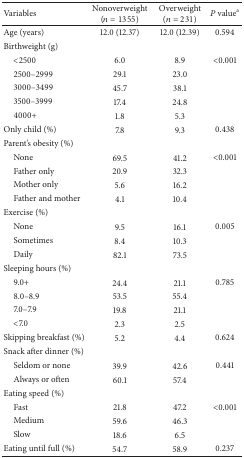
<table><thead><tr><td><b>Variables</b></td><td><b>Nonoverweight(<i>n</i> = 1355)</b></td><td><b>Overweight(<i>n</i> = 231)</b></td><td><b><i>P</i> value<sup>a</sup></b></td></tr></thead><tbody><tr><td>Age (years)</td><td>12.0 (12.37)</td><td>12.0 (12.39)</td><td>0.594</td></tr><tr><td>Birthweight (g)</td><td> </td><td> </td><td> </td></tr><tr><td> &lt;2500</td><td>6.0</td><td>8.9</td><td>&lt;0.001</td></tr><tr><td> 2500–2999</td><td>29.1</td><td>23.0</td><td> </td></tr><tr><td> 3000–3499</td><td>45.7</td><td>38.1</td><td> </td></tr><tr><td> 3500–3999</td><td>17.4</td><td>24.8</td><td> </td></tr><tr><td> 4000+</td><td>1.8</td><td>5.3</td><td> </td></tr><tr><td>Only child (%)</td><td>7.8</td><td>9.3</td><td>0.438</td></tr><tr><td>Parent&#x27;s obesity (%)</td><td> </td><td> </td><td> </td></tr><tr><td> None</td><td>69.5</td><td>41.2</td><td>&lt;0.001</td></tr><tr><td> Father only</td><td>20.9</td><td>32.3</td><td> </td></tr><tr><td> Mother only</td><td>5.6</td><td>16.2</td><td> </td></tr><tr><td> Father and mother</td><td>4.1</td><td>10.4</td><td> </td></tr><tr><td>Exercise (%)</td><td> </td><td> </td><td> </td></tr><tr><td> None</td><td>9.5</td><td>16.1</td><td>0.005</td></tr><tr><td> Sometimes</td><td>8.4</td><td>10.3</td><td> </td></tr><tr><td> Daily</td><td>82.1</td><td>73.5</td><td> </td></tr><tr><td>Sleeping hours (%)</td><td> </td><td> </td><td> </td></tr><tr><td> 9.0+</td><td>24.4</td><td>21.1</td><td>0.785</td></tr><tr><td> 8.0–8.9</td><td>53.5</td><td>55.4</td><td> </td></tr><tr><td> 7.0–7.9</td><td>19.8</td><td>21.1</td><td> </td></tr><tr><td> &lt;7.0</td><td> 2.3</td><td> 2.5</td><td> </td></tr><tr><td>Skipping breakfast (%)</td><td> 5.2</td><td> 4.4</td><td>0.624</td></tr><tr><td>Snack after dinner (%)</td><td> </td><td> </td><td> </td></tr><tr><td> Seldom or none</td><td>39.9</td><td>42.6</td><td>0.441</td></tr><tr><td> Always or often</td><td>60.1</td><td>57.4</td><td> </td></tr><tr><td>Eating speed (%)</td><td> </td><td> </td><td> </td></tr><tr><td> Fast</td><td>21.8</td><td>47.2</td><td>&lt;0.001</td></tr><tr><td> Medium</td><td>59.6</td><td>46.3</td><td> </td></tr><tr><td> Slow</td><td>18.6</td><td>6.5</td><td> </td></tr><tr><td>Eating until full (%)</td><td>54.7</td><td>58.9</td><td>0.237</td></tr></tbody></table>